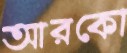
আরকো